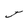
Character: J